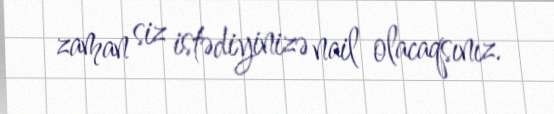
zaman siz istədiyinizə nail olacaqsınız.